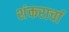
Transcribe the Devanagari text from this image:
शंकरार्चा